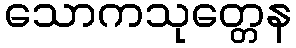
သောကသုတ္တေန